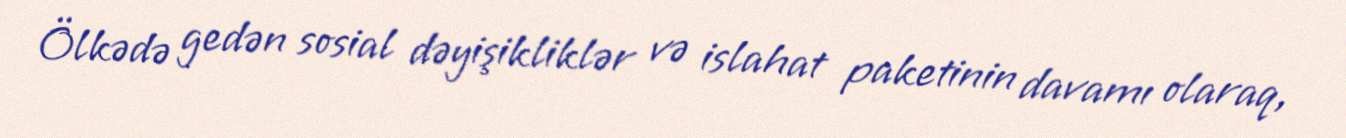
Ölkədə gedən sosial dəyişikliklər və islahat paketinin davamı olaraq,